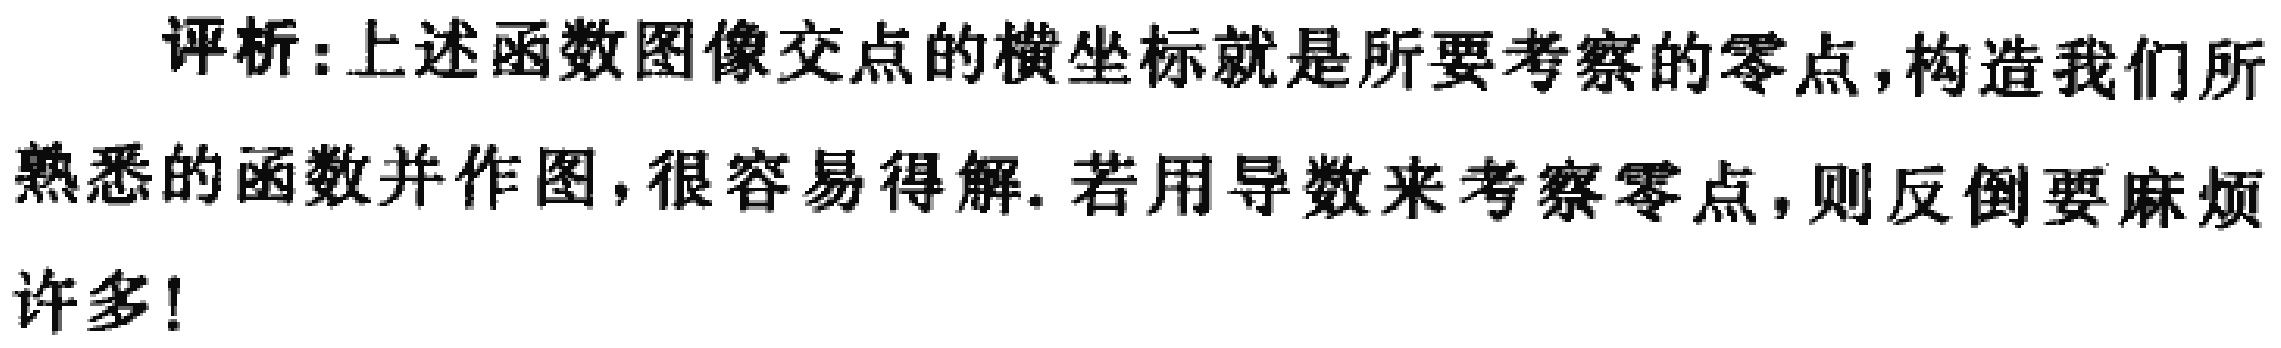
评析：上述函数图像交点的横坐标就是所要考察的零点，构造我们所熟悉的函数并作图，很容易得解. 若用导数来考察零点，则反倒要麻烦许多！